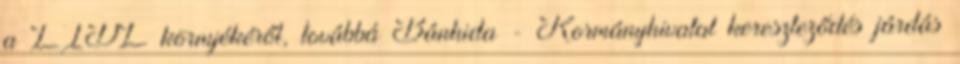
a LIDL környékéről, továbbá Bánhida - Kormányhivatal kereszteződés járdás